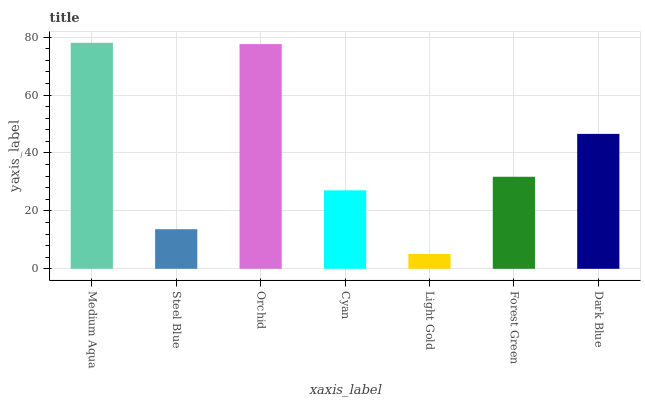
| xaxis_label | bars |
 | --- | --- |
 | Medium Aqua | 78.1 |
 | Steel Blue | 13.7 |
 | Orchid | 77.6 |
 | Cyan | 27.1 |
 | Light Gold | 5.12 |
 | Forest Green | 31.8 |
 | Dark Blue | 46.6 |